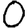
Digit: 0